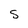
Character: S